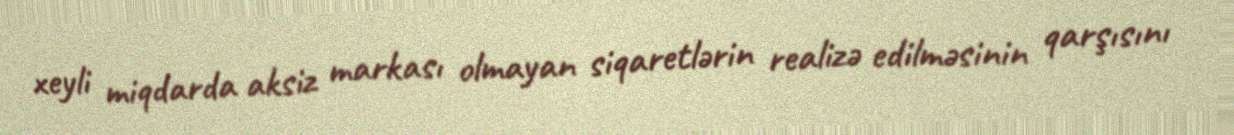
xeyli miqdarda aksiz markası olmayan siqaretlərin realizə edilməsinin qarşısını